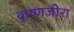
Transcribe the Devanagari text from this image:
कृष्णजीरा